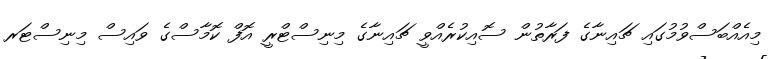
މިއެއްބަސްވުމުގައި ޗައިނާގެ ފަރާތުން ސޮއިކުރެއްވީ ޗައިނާގެ މިނިސްޓްރީ އޮފް ކޮމާސްގެ ވައިސް މިނިސްޓަރ